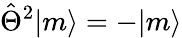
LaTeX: \hat{\Theta}^{2}|m\rangle=-|m\rangle